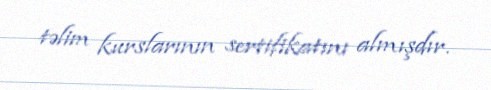
təlim kurslarının sertifikatını almışdır.